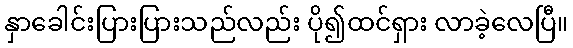
နှာခေါင်းပြားပြားသည်လည်း ပို၍ထင်ရှား လာခဲ့လေပြီ။